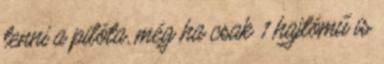
tenni a pilóta, még ha csak 1 hajtómű is